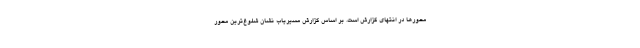
محورها در انتهای گزارش است. بر اساس گزارش مسیریاب نشان شلوغ‌ترین محور